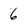
Character: 6